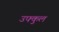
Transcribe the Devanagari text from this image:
उफ्कुल